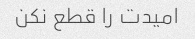
امیدت را قطع نکن